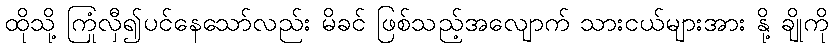
ထိုသို့ ကြုံလှီ၍ပင်နေသော်လည်း မိခင် ဖြစ်သည့်အလျောက် သားငယ်များအား နို့ ချိုကို